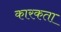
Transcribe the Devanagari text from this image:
कारकता